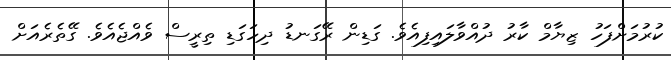
ކުރުމަށްފަހު ޒިޔާމް ކާރު ދުއްވާލައިފިއެވެ. ގަޑިން ރޭގަނޑު ދިހަގަޑި ތިރީސް ވެއްޖެއެވެ. ގޭތެރެއަށް